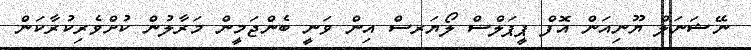
ނޭޝަނަލް ޔޫނިއަން އޮފް ޕީޕަލްސް ލޯޔަރސް އިން ވަނީ ބެންޖަމީން މަރާލުން ކުށްވެރިކުރާކަން